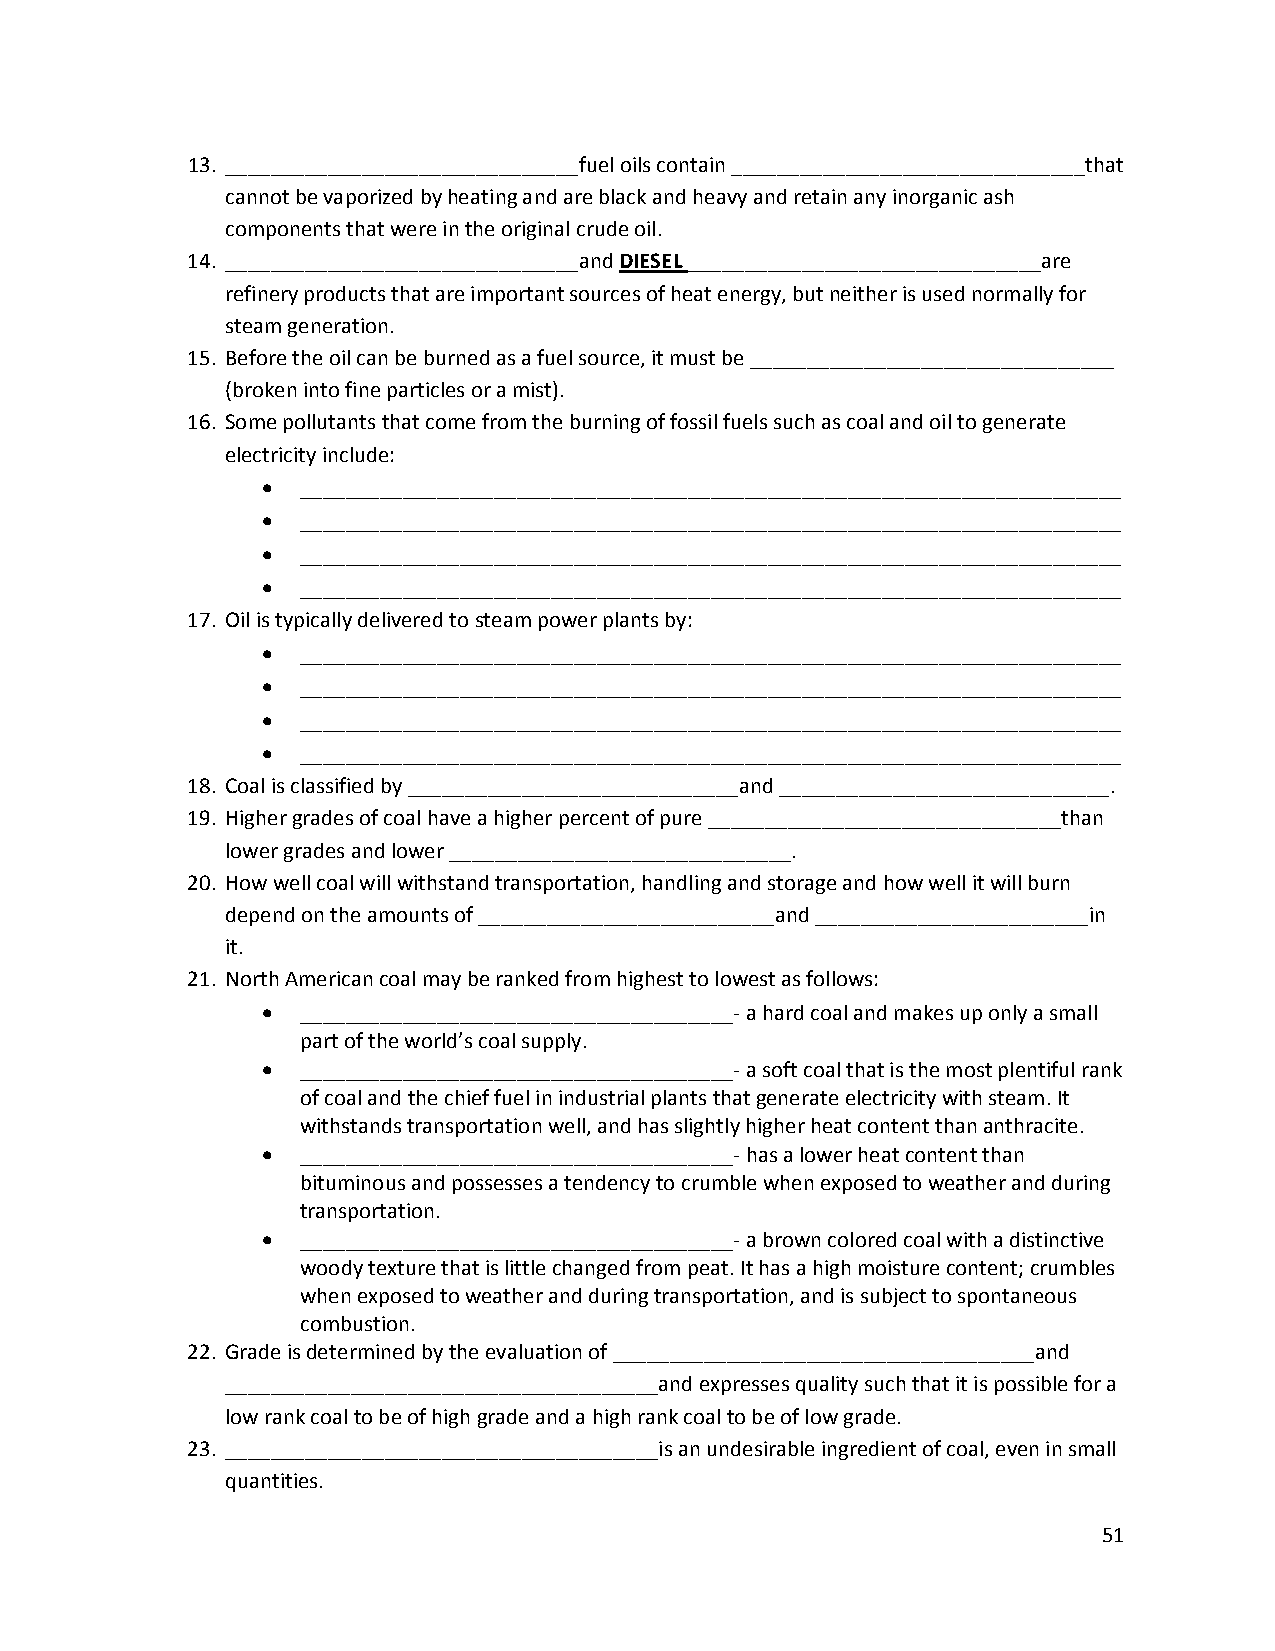
13. _______________________________fuel oils contain _______________________________that
 cannot be vaporized by heating and are black and heavy and retain any inorganic ash
 components that were in the original crude oil.
 14. _______________________________and DIESEL _______________________________are
 refinery products that are important sources of heat energy, but neither is used normally for
 steam generation.
 15. Before the oil can be burned as a fuel source, it must be ________________________________
 (broken into fine particles or a mist).
 16. Some pollutants that come from the burning of fossil fuels such as coal and oil to generate
 electricity include:
 •  ________________________________________________________________________
 •  ________________________________________________________________________
 •  ________________________________________________________________________
 •  ________________________________________________________________________
 17. Oil is typically delivered to steam power plants by:
 •  ________________________________________________________________________
 •  ________________________________________________________________________
 •  ________________________________________________________________________
 •  ________________________________________________________________________
 18. Coal is classified by _____________________________and _____________________________.
 19. Higher grades of coal have a higher percent of pure _______________________________than
 lower grades and lower ______________________________.
 20. How well coal will withstand transportation, handling and storage and how well it will burn
 depend on the amounts of __________________________and ________________________in
 it.
 21. North American coal may be ranked from highest to lowest as follows:
 •  ______________________________________‐ a hard coal and makes up only a small
 part of the world’s coal supply.
 •  ______________________________________‐ a soft coal that is the most plentiful rank
 of coal and the chief fuel in industrial plants that generate electricity with steam. It
 withstands transportation well, and has slightly higher heat content than anthracite.
 •  ______________________________________‐ has a lower heat content than
 bituminous and possesses a tendency to crumble when exposed to weather and during
 transportation.
 •  ______________________________________‐ a brown colored coal with a distinctive
 woody texture that is little changed from peat. It has a high moisture content; crumbles
 when exposed to weather and during transportation, and is subject to spontaneous
 combustion.
 22. Grade is determined by the evaluation of _____________________________________and
 ______________________________________and expresses quality such that it is possible for a
 low rank coal to be of high grade and a high rank coal to be of low grade.
 23. ______________________________________is an undesirable ingredient of coal, even in small
 quantities.
 51